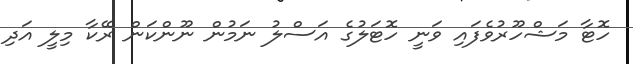
ހޮޓާ މަޝްހޫރުވެފައި ވަނީ ހޮޓަލުގެ އަސްލު ނަމުން ނޫންކަން ރޭކާ މިލީ އަދި